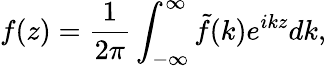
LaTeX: f(z)=\frac{1}{2\pi}\int_{-\infty}^{\infty}\tilde{f}(k)e^{ikz}dk,